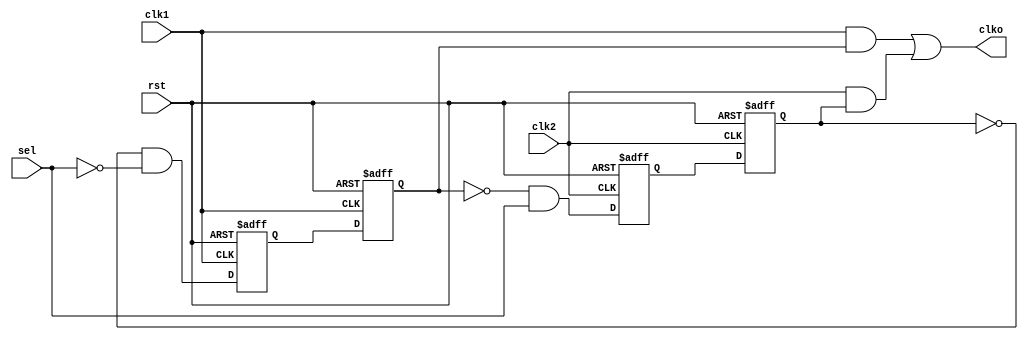

`timescale 1ns/1ns

module clkmux_2x1(clk1, clk2, clko, sel, rst);
   input clk1, clk2;
   input sel;
   output clko;
   input rst;

   reg Q1a, Q1b, Q2a, Q2b;
   wire q1a_in, q2a_in;

   assign clko = (clk1 & Q1b) | (clk2 & Q2b);

   wire  Q2b_bar = ~Q2b;
   wire  Q1b_bar = ~Q1b;
   wire  sel_bar = ~sel;

   assign q1a_in = Q2b_bar & sel_bar;
   assign q2a_in = Q1b_bar & sel;

   always @(posedge clk1 or posedge rst)
       if (rst) Q1a <= 1'b0; else
       Q1a <= q1a_in;

   always @(negedge clk1 or posedge rst)
       if (rst) Q1b <= 1'b0; else
       Q1b <= Q1a;

   always @(posedge clk2 or posedge rst)
       if (rst) Q2a <= 1'b0; else
       Q2a <= q2a_in;

   always @(negedge clk2 or posedge rst)
       if (rst) Q2b <= 1'b0; else
       Q2b <= Q2a;

endmodule


module clkmux_4x1(clk1, clk2, clk3, clk4, clko, sel, rst);
    input clk1, clk2, clk3, clk4, rst;
    input [1:0] sel;
    output clko;

    wire clko1, clko2;

    clkmux_2x1 m1(  .clk1(clk1), 
                    .clk2(clk2), 
                    .clko(clko1), 
                    .sel(sel[0]),
                    .rst(rst)
                );
    clkmux_2x1 m2(  .clk1(clk3), 
                    .clk2(clk4), 
                    .clko(clko2), 
                    .sel(sel[0]),
                    .rst(rst)
                );
    clkmux_2x1 m3(  .clk1(clko1), 
                    .clk2(clko2), 
                    .clko(clko), 
                    .sel(sel[1]),
                    .rst(rst)
                );
    
endmodule

module clkdiv (clk, rst, div, clko);
    input clk;
    input rst;
    input [1:0] div;
    output clko;

    reg [3:0]  divider;
    wire [3:0] ndivider;

    assign ndivider = divider + 1'd1;

    always @ (posedge clk or posedge rst) 
        if(rst) divider <= 4'd0;
        else divider <= ndivider;

    clkmux_4x1 m(.clk1(divider[0]), .clk2(divider[1]), .clk3(divider[2]), .clk4(divider[3]), .clko(clko), .sel(div), .rst(rst));

endmodule

/* This module exists inside the DC */
module clk_ctrl (
    input wire rst,           // SoC rst_lv
    input wire clk_hsi,       // SoC clk_hsi_lv
    input wire clk_hse,       // SoC clk_hse_lv
    input wire clk_pll_in,    // pll_clk
    output wire clk,          // system master clock
    output wire clk_pll_out,  // SoC clk_pll_src
    input wire [1:0] plldiv,  // from I/O Register
    input wire  pllbypass,    // from I/O Register
    input wire  pllsrc,       // from I/O Register
    input wire  hsisel,       // from I/O Register
    input wire  divbypass     // from I/O Register
);

    wire clk1, clk2, clk3;


    clkdiv CLK_DIV (
        .clk(clk_pll_in),
        .rst(rst),
        .div(plldiv),
        .clko(clk1)
    );

    clkmux_2x1 PllSrcMux (
         .clk1(clk_hsi),
         .clk2(clk_hse),
         .sel(pllsrc),
         .rst(rst),
         .clko(clk_pll_out)
    );

    clkmux_2x1 DIVByPassMux (
         .clk1(clk_pll_in),
         .clk2(clk1),
         .sel(divbypass),
       .rst(rst),
         .clko(clk2)
    );    
    
    clkmux_2x1 PllByPassMux (
         .clk1(clk_hse),
         .clk2(clk2),
         .sel(pllbypass),
       .rst(rst),
         .clko(clk3)
    );
     
    clkmux_2x1 HSIMux (
         .clk1(clk_hsi),
         .clk2(clk3),
         .sel(hsisel),
       .rst(rst),
         .clko(clk)
    );    
endmodule

/*
    PLLCR.0 to pll_cp_ena_lv
    PLLCR.1 to clk_ctrl.pplsrc
    PLLCR.3-2 to clk_ctrl.plldiv

    (PLLTR.0 | PLLCR.0) to pll_vco_ena_lv
    PLLTR.4-1 to pll_trim

    PLLSR.0 to pplsrc
    PLLSR.1 to pplbypass
    PLLSR.2 to divbypass
    PLLSR.3 to hsisel
    
*/

module AHBCLKCTRL(
    input wire HSEL,

    input wire HCLK,
    input wire HRESETn,
    
    input wire HREADY,
    input wire [31:0] HADDR,
    input wire [1:0] HTRANS,
    input wire HWRITE,
    input wire [31:0] HWDATA,
    
    output wire HREADYOUT,
    output wire [31:0] HRDATA,

    output wire [31:0] PLLCR,
    output wire [31:0] PLLTR,
    output wire [31:0] CLKCR
    
  );
  
  localparam [7:0] pllcr_addr = 8'h00;
  localparam [7:0] plltr_addr = 8'h04;
  localparam [7:0] clkcr_addr = 8'h08;
  

  reg [31:0] pllcr_data, plltr_data, clkcr_data;
  
  //reg [31:0] gpio_data_next;
  reg [31:0] last_HADDR;
  reg [1:0] last_HTRANS;
  reg last_HWRITE;
  reg last_HSEL;
  
  //reg [31:0] timeout_COUNTER;
  
  integer i;
  
  assign HREADYOUT = 1'b1;
  

  always @(posedge HCLK)
  begin
    if(HREADY)
    begin
      last_HADDR <= HADDR;
      last_HTRANS <= HTRANS;
      last_HWRITE <= HWRITE;
      last_HSEL <= HSEL;
    end
  end
  
  always @(posedge HCLK, negedge HRESETn)
  begin
    if(!HRESETn)
      pllcr_data <= 32'h0;
    else
      if((last_HADDR[7:0] == pllcr_addr) & last_HSEL & last_HWRITE & last_HTRANS[1])
        pllcr_data <= HWDATA;  
  end

  always @(posedge HCLK, negedge HRESETn)
  begin
    if(!HRESETn)
      plltr_data <= 32'h0;
    else
      if((last_HADDR[7:0] == plltr_addr) & last_HSEL & last_HWRITE & last_HTRANS[1])
        plltr_data <= HWDATA;  
  end

  always @(posedge HCLK, negedge HRESETn)
  begin
    if(!HRESETn)
      clkcr_data <= 32'h0;
    else
      if((last_HADDR[7:0] == clkcr_addr) & last_HSEL & last_HWRITE & last_HTRANS[1])
        clkcr_data <= HWDATA;  
  end  


  assign HRDATA[31:0] = (last_HADDR[7:0] == pllcr_addr) ? pllcr_data :  
                        (last_HADDR[7:0] == plltr_addr) ? plltr_data : 
                        clkcr_data;

  assign PLLCR = pllcr_data;
  assign PLLTR = plltr_data;
  assign CLKCR = clkcr_data;
  
endmodule